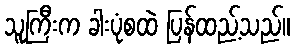
သူကြီးက ခါးပုံစထဲ ပြန်ထည့်သည်။